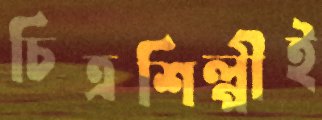
চিত্রশিল্পীই